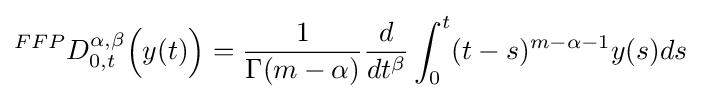
^{FFP}D_{0,t}^{\alpha ,\beta }{\Big (}y(t){\Big )}={\dfrac {1}{\Gamma (m-\alpha )}}{\dfrac {d}{dt^{\beta }}}\int _{0}^{t}(t-s)^{m-\alpha -1}y(s)ds